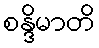
စန္ဒိမာတိ